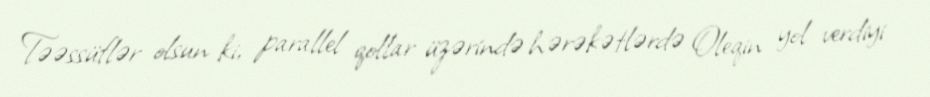
Təəssüflər olsun ki, parallel qollar üzərində hərəkətlərdə Oleqin yol verdiyi